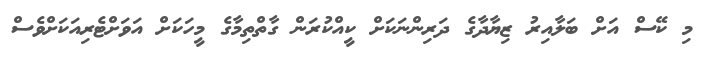
މި ކޭސް އަށް ބަލާއިރު ޒިޔާދާގެ ދަރިންނަކަށް ކީއްކުރަން ގާތްތިމާގެ މީހަކަށް އަވަށްޓެރިއަކަށްވެސް